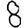
Digit: 8